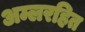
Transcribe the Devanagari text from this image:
अम्लरहित